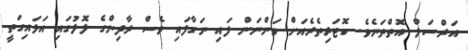
އަރްސަލް އޮތްތަނެވެ. ކޮޓަރިތެރެއަށް ވަންނަން ފައި ނަގާފައި ވެސް ރާދިންގެ ލޮލުގައި އަޅައިގަތީ